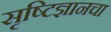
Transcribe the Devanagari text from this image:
सृष्टिज्ञानचा